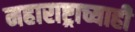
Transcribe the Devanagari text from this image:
महाराष्ट्राच्याही